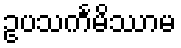
ဥပသင်္ကမိဿာမ